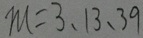
m = 3 , 1 3 , 3 9